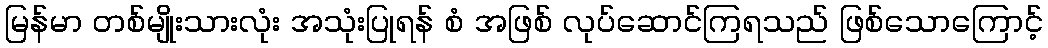
မြန်မာ တစ်မျိုးသားလုံး အသုံးပြုရန် စံ အဖြစ် လုပ်ဆောင်ကြရသည် ဖြစ်သောကြောင့်